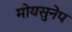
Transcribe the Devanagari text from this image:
मोयसुनेप